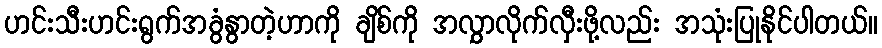
ဟင်းသီးဟင်းရွက်အခွံနွာတဲ့ဟာကို ချိစ်ကို အလွှာလိုက်လှီးဖို့လည်း အသုံးပြုနိုင်ပါတယ်။